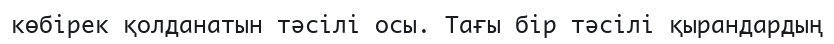
көбірек қолданатын тәсілі осы. Тағы бір тәсілі қырандардың